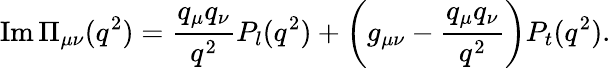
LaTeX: \mathrm{Im\, }{\Pi_{\mu\nu}(q^{2})}={\frac{q_{\mu}q_{\nu}}{q^{2}}}P_{l}(q^{2})+\left({g_{\mu\nu}}-{\frac{q_{\mu}q_{\nu}}{q^{2}}}\right)P_{t}(q^{2}).